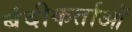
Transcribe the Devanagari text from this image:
बंदीकर्ताओं